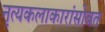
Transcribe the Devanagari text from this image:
नृत्यकलाकारांसोबत